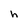
Character: h